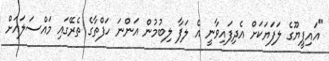
"އައިޕީޔޫގެ ލަފަޔަކަށް އެދިފައިވާނީ އެ ލަފާ ލިބުމުން އަންނަ ހަފްތާގެ ތެރޭގައި މައްސަލައަށް